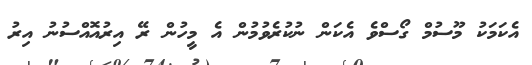
އެކަމަކު މޫސުމް ގޯސްވެ އެކަން ނުކުރެވުމުން އެ މީހުން ރޭ އިރުއޮއްސުނު އިރު